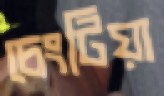
চেংটিয়া